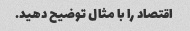
اقتصاد را با مثال توضیح دهید.